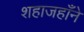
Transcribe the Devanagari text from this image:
शहाजहाँने